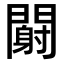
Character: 𬮏